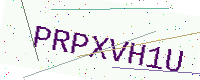
Text: PRPXVH1U